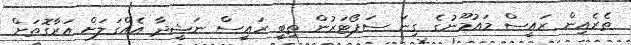
ތެރެއިން ރައީސް މައުމޫނުގެ ގިނަ ސަޕޯޓަރުން ތިބީ ރައީސް ނަޝީދާ އެއްގަލަށް އަރާގޮތަށް